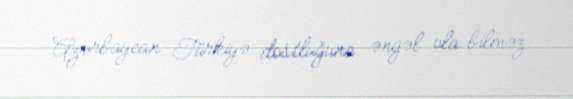
Azərbaycan-Türkiyə dostluğuna əngəl ola bilməz.